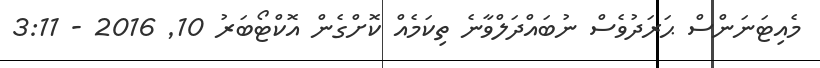
މެއިޓަނަންސް ޙަރަދުވެސް ނުބައްދަލްވާނެ ތިކަމެެއް ކޮށްގެން އޮކްޓޯބަރު 10